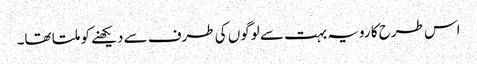
اس طرح کا رویہ بہت سے لوگوں کی طرف سے دیکھنے کو ملتا تھا۔